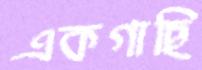
একগাছি